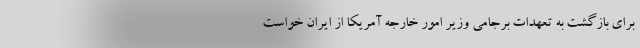
برای بازگشت به تعهدات برجامی وزیر امور خارجه آمریکا از ایران خواست